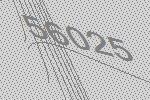
56025